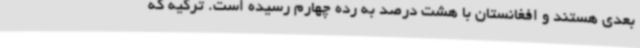
بعدی هستند و افغانستان با هشت درصد به رده چهارم رسیده است. ترکیه که